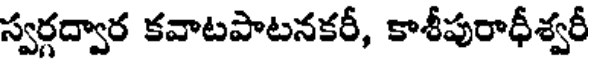
స్వర్గద్వార కవాటపాటనకరీ, కాశీపురాధీశ్వరీ